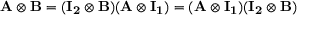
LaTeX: \mathbf { A } \otimes \mathbf { B } = ( \mathbf { I _ { 2 } } \otimes \mathbf { B } ) ( \mathbf { A } \otimes \mathbf { I _ { 1 } } ) = ( \mathbf { A } \otimes \mathbf { I _ { 1 } } ) ( \mathbf { I _ { 2 } } \otimes \mathbf { B } )